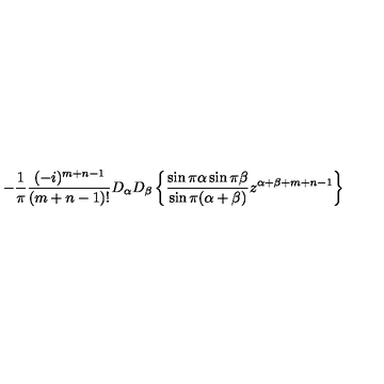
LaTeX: - \frac { 1 } { \pi } \frac { ( - i ) ^ { m + n - 1 } } { ( m + n - 1 ) ! } D _ { \alpha } D _ { \beta } \left\{ \frac { \sin \pi \alpha \sin \pi \beta } { \sin \pi ( \alpha + \beta ) } z ^ { \alpha + \beta + m + n - 1 } \right\}